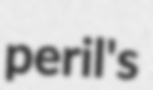
peril's